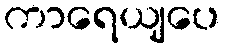
ကာရေယျပေ